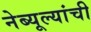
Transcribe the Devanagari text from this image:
नेब्यूल्यांची